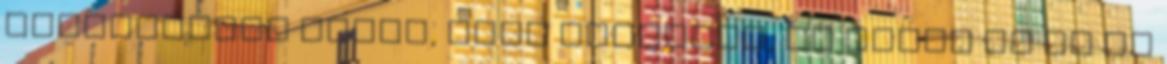
készpénznek venni, amit mondanak, de azért ez az én